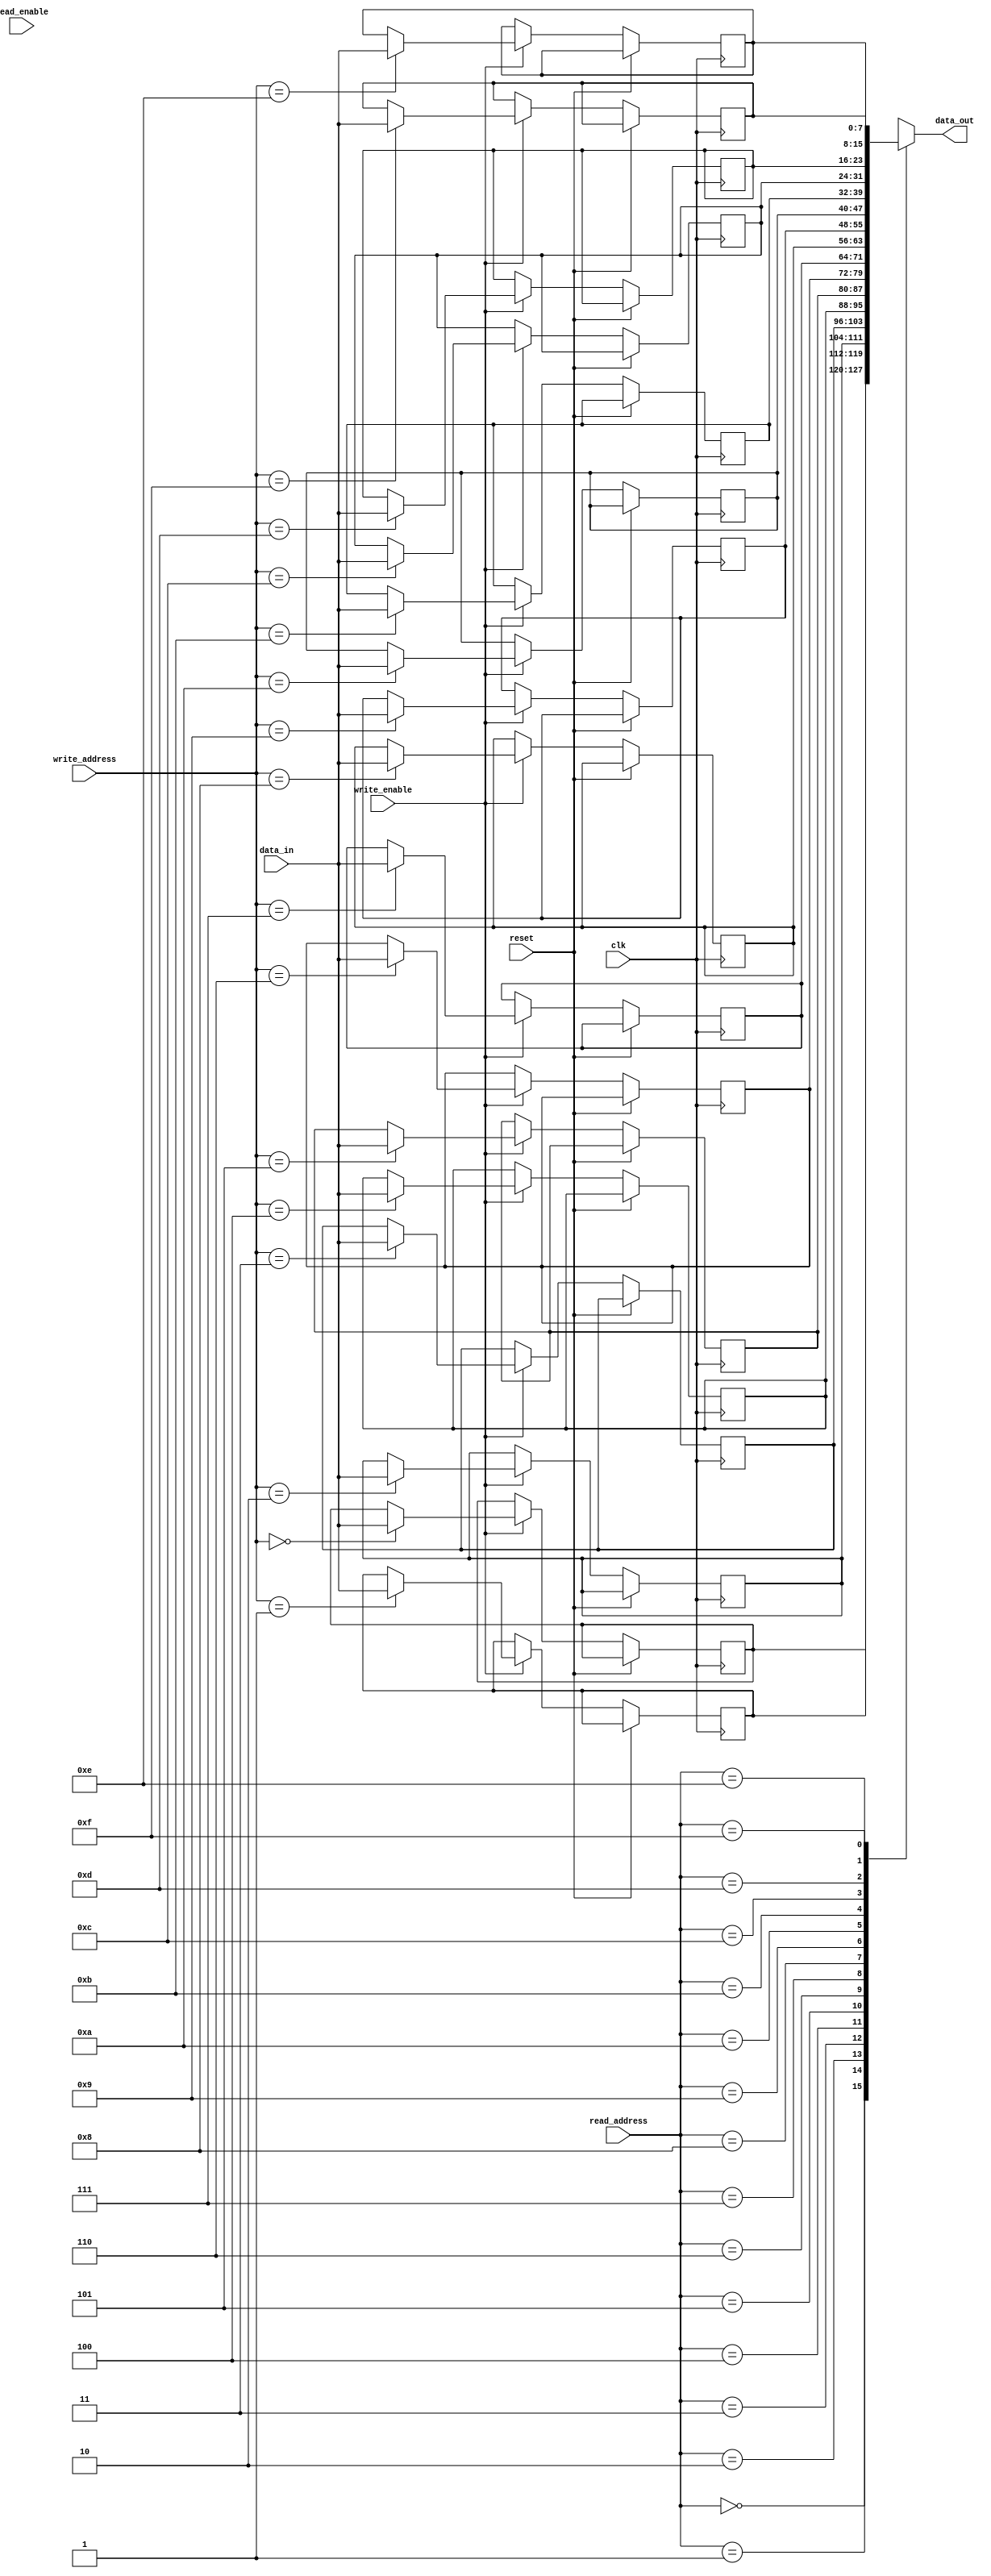
module CircularRegisterFile (
    input clk,
    input reset,
    input read_enable,
    input write_enable,
    input [3:0] read_address,
    input [3:0] write_address,
    input [7:0] data_in,
    output reg [7:0] data_out
);

reg [7:0] memory [15:0];
reg [3:0] read_pointer;
reg [3:0] write_pointer;

always @(posedge clk or posedge reset) begin
    if (reset) begin
        read_pointer <= 4'b0000;
        write_pointer <= 4'b0001;
    end else begin
        if (read_enable) begin
            read_pointer <= (read_pointer == 4'b1111) ? 4'b0000 : read_pointer + 1;
        end
        if (write_enable) begin
            memory[write_address] <= data_in;
            write_pointer <= (write_pointer == 4'b1111) ? 4'b0000 : write_pointer + 1;
        end
    end
end

always @(*) begin
    data_out = memory[read_address];
end

endmodule